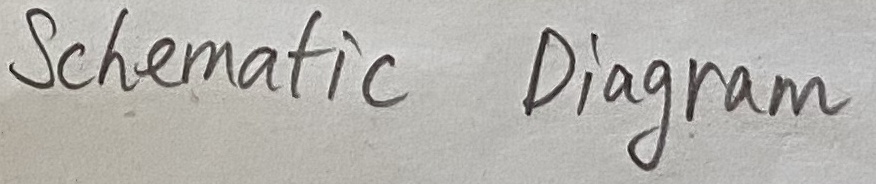
Text: Schematic Diagram